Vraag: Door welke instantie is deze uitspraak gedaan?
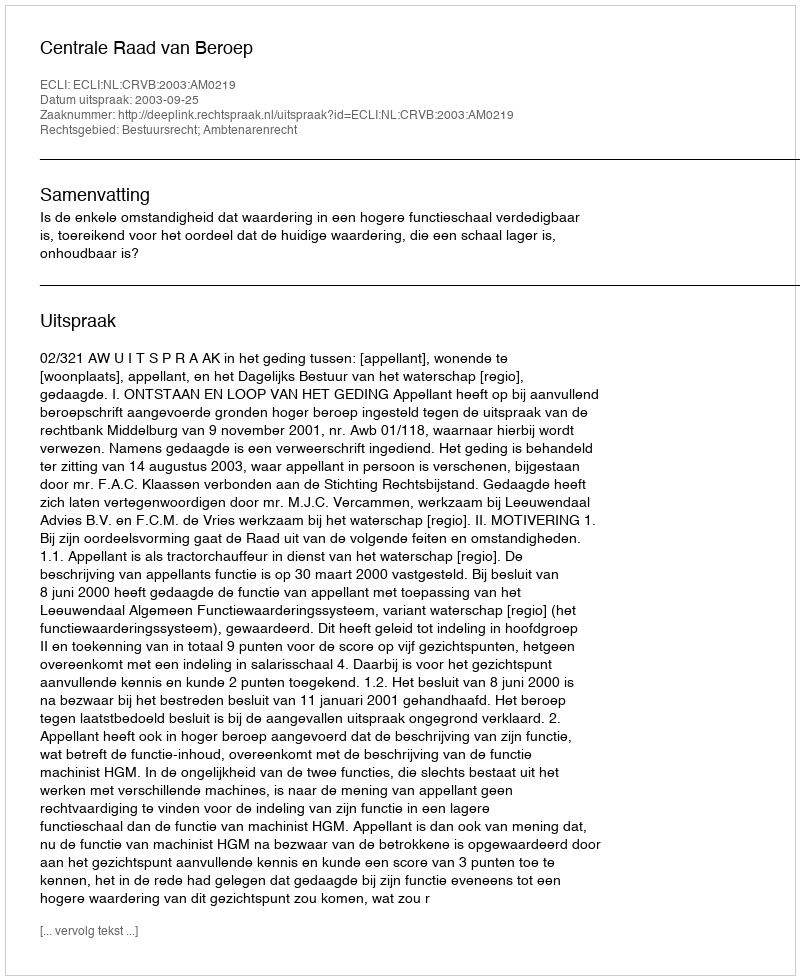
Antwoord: Centrale Raad van Beroep